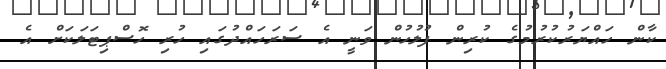
ކާން ހައްޔަރުކުރުމުގެ ކުރިން ފުލުހުން ވަނީ އެ ސަރަހައްދުގައި ހުރި ހޮސްޕިޓަލަކަށް އެ